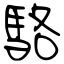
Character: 駱